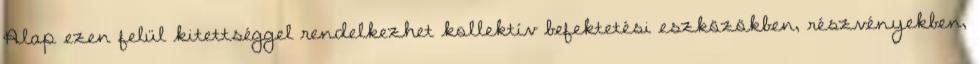
Alap ezen felül kitettséggel rendelkezhet kollektív befektetési eszközökben, részvényekben,